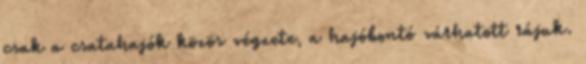
csak a csatahajók közös végzete, a hajóbontó várhatott rájuk.